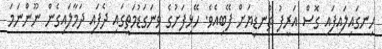
ހިނގައިލައިފައި ގޮސް އަރީފު ތުނޑިޔަށް ފޭބިއެވެ. ހޭޅިފަށުގެ ވިނަގަޑުމަތީގައި ދެފައި ދަމާލައިގެން ނޫންނަމަ